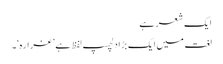
ایک شعر ہے
لغت میں ایک بڑا دلچسپ لفظ ہے ’غرارہ‘۔